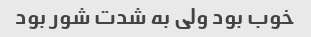
خوب بود ولی به شدت شور بود